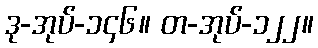
ဒု-အုပ်-၁၄၆။ တ-အုပ်-၁၂၂။